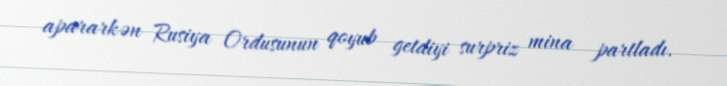
apararkən Rusiya Ordusunun qoyub getdiyi surpriz mina partladı.